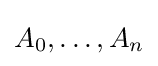
A_{0},\ldots ,A_{n}